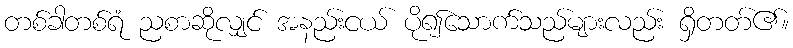
တစ်ခါတစ်ရံ ညစာဆိုလျှင် အနည်းငယ် ပို၍သောက်သည်များလည်း ရှိတတ်၏။